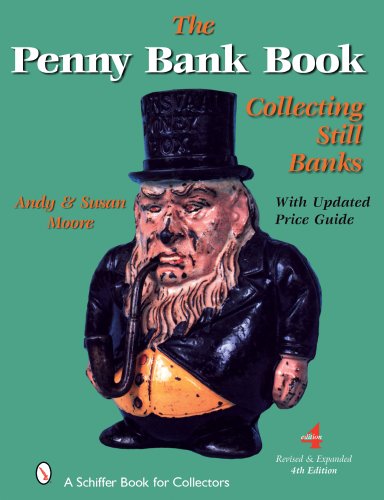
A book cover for The Penny Bank Book (Schiffer Book for Collectors); Andy Moore; Crafts, Hobbies & Home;